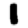
Digit: 1